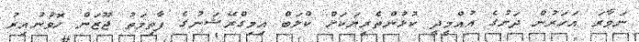
ނަވާރަ އަހަރުން ދަށުގެ އުއްމީދީ ކުޅުންތެރިޔަކަށް ކްލަބް އިމިގްރޭޝަނުގެ ފާތިމަތު ޖޫޒަން ހޮވުނުއިރު